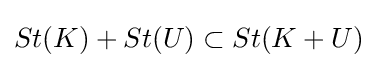
St(K)+St(U)\subset St(K+U)